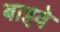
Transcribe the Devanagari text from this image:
बाइवे